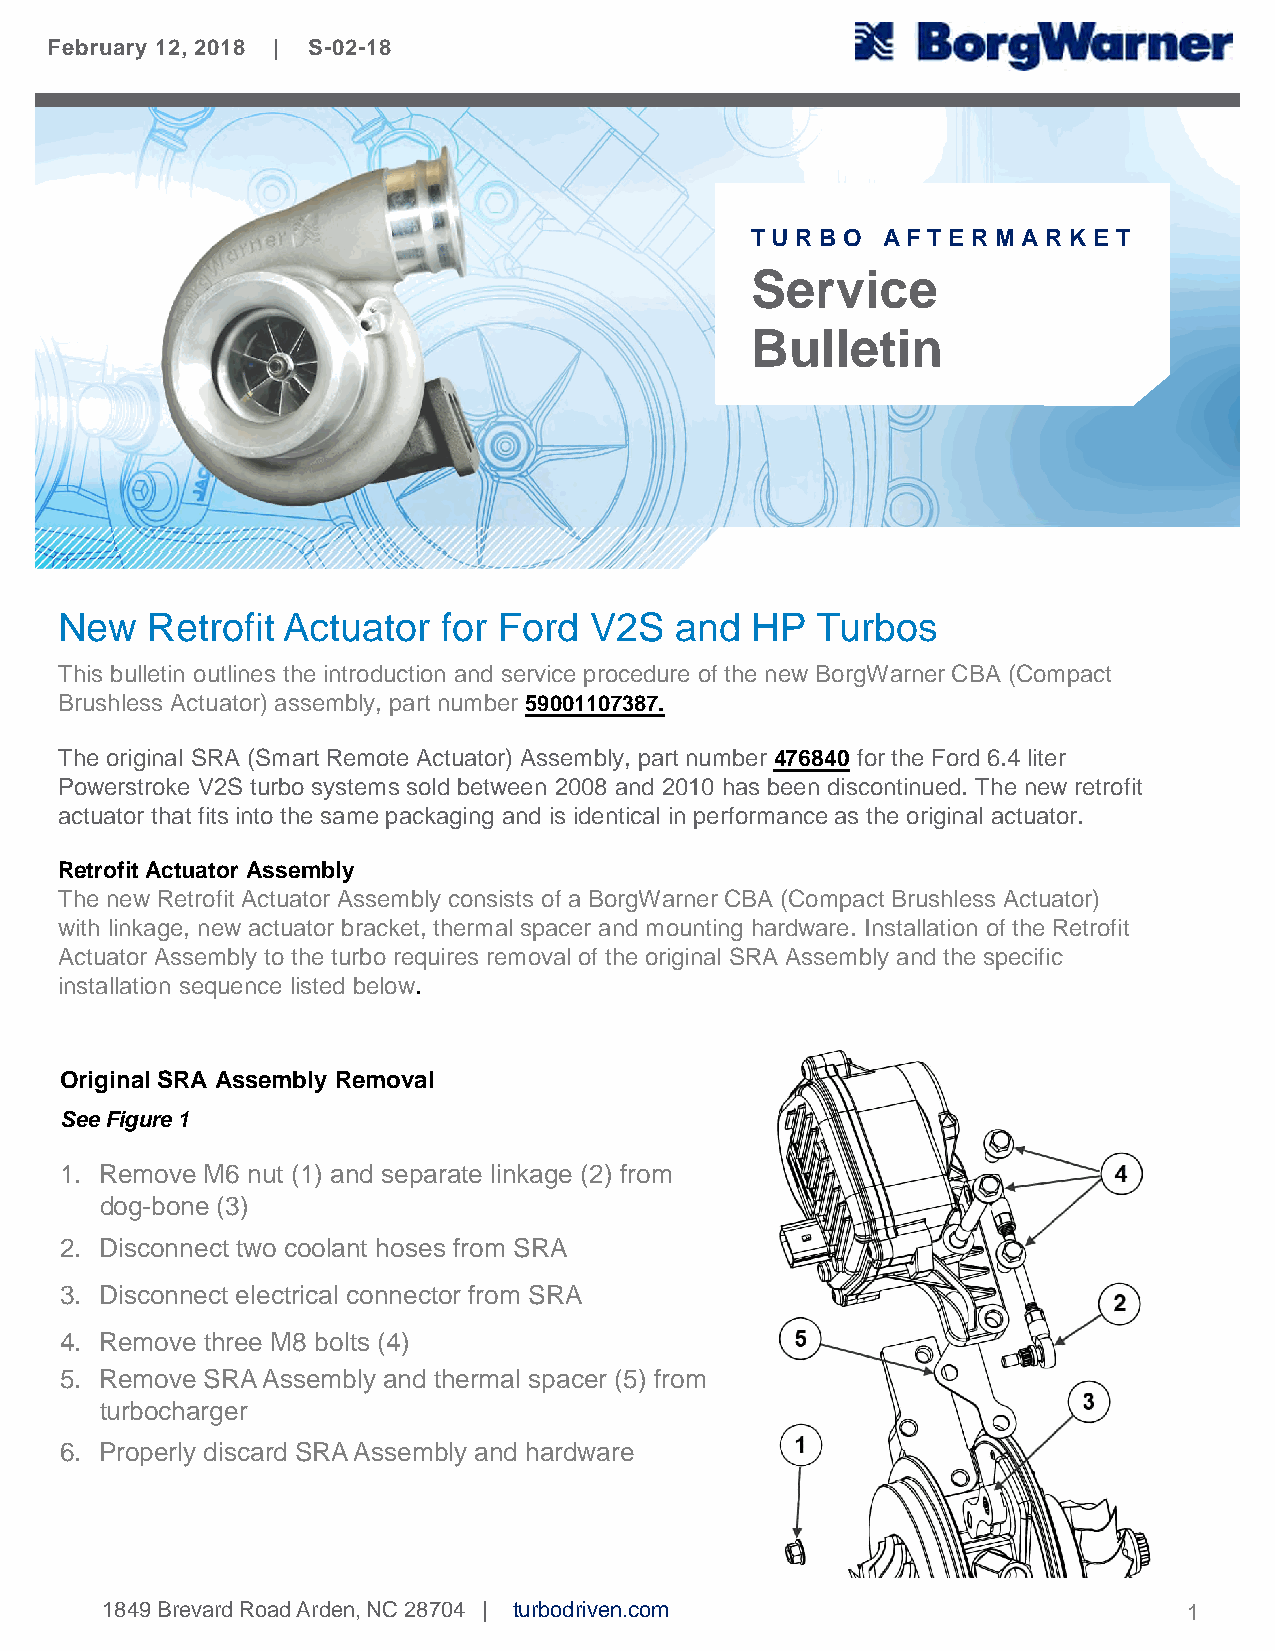
February 12, 2018 | S-02-18
 TU R B O AF T E R M A R K E T
 Service
 a
 Bulletin
 New   Retrofit Actuator  for Ford  V2S   and  HP  Turbos
 This bulletin outlines the introduction and service procedure of the new BorgWarnerCBA (Compact
 Brushless Actuator) assembly, part number 59001107387.
 The original SRA (SmartRemote Actuator) Assembly, part number 476840 for the Ford 6.4 liter
 Powerstroke V2S turbo systemssold between 2008 and 2010 has been discontinued. The new retrofit
 actuator that fitsinto the samepackaging and is identical in performanceas the original actuator.
 RetrofitActuator Assembly
 The new Retrofit Actuator Assembly consists of a BorgWarnerCBA (Compact Brushless Actuator)
 with linkage, new actuator bracket, thermalspacer and mounting hardware. Installation of the Retrofit
 Actuator Assembly to the turbo requires removal of the original SRA Assembly and the specific
 installation sequence listed below.
 OriginalSRA Assembly Removal
 SeeFigure1
 1. Remove M6 nut (1) and separate linkage (2) from
 dog-bone (3)
 2. Disconnect two coolant hoses from SRA
 3. Disconnect electrical connector from SRA
 4. Remove three M8 bolts (4)
 5. Remove SRAAssembly and thermal spacer (5) from
 turbocharger
 6. Properly discard SRAAssembly and hardware
 1849BrevardRoadArden,NC28704 | turbodriven.com                          1